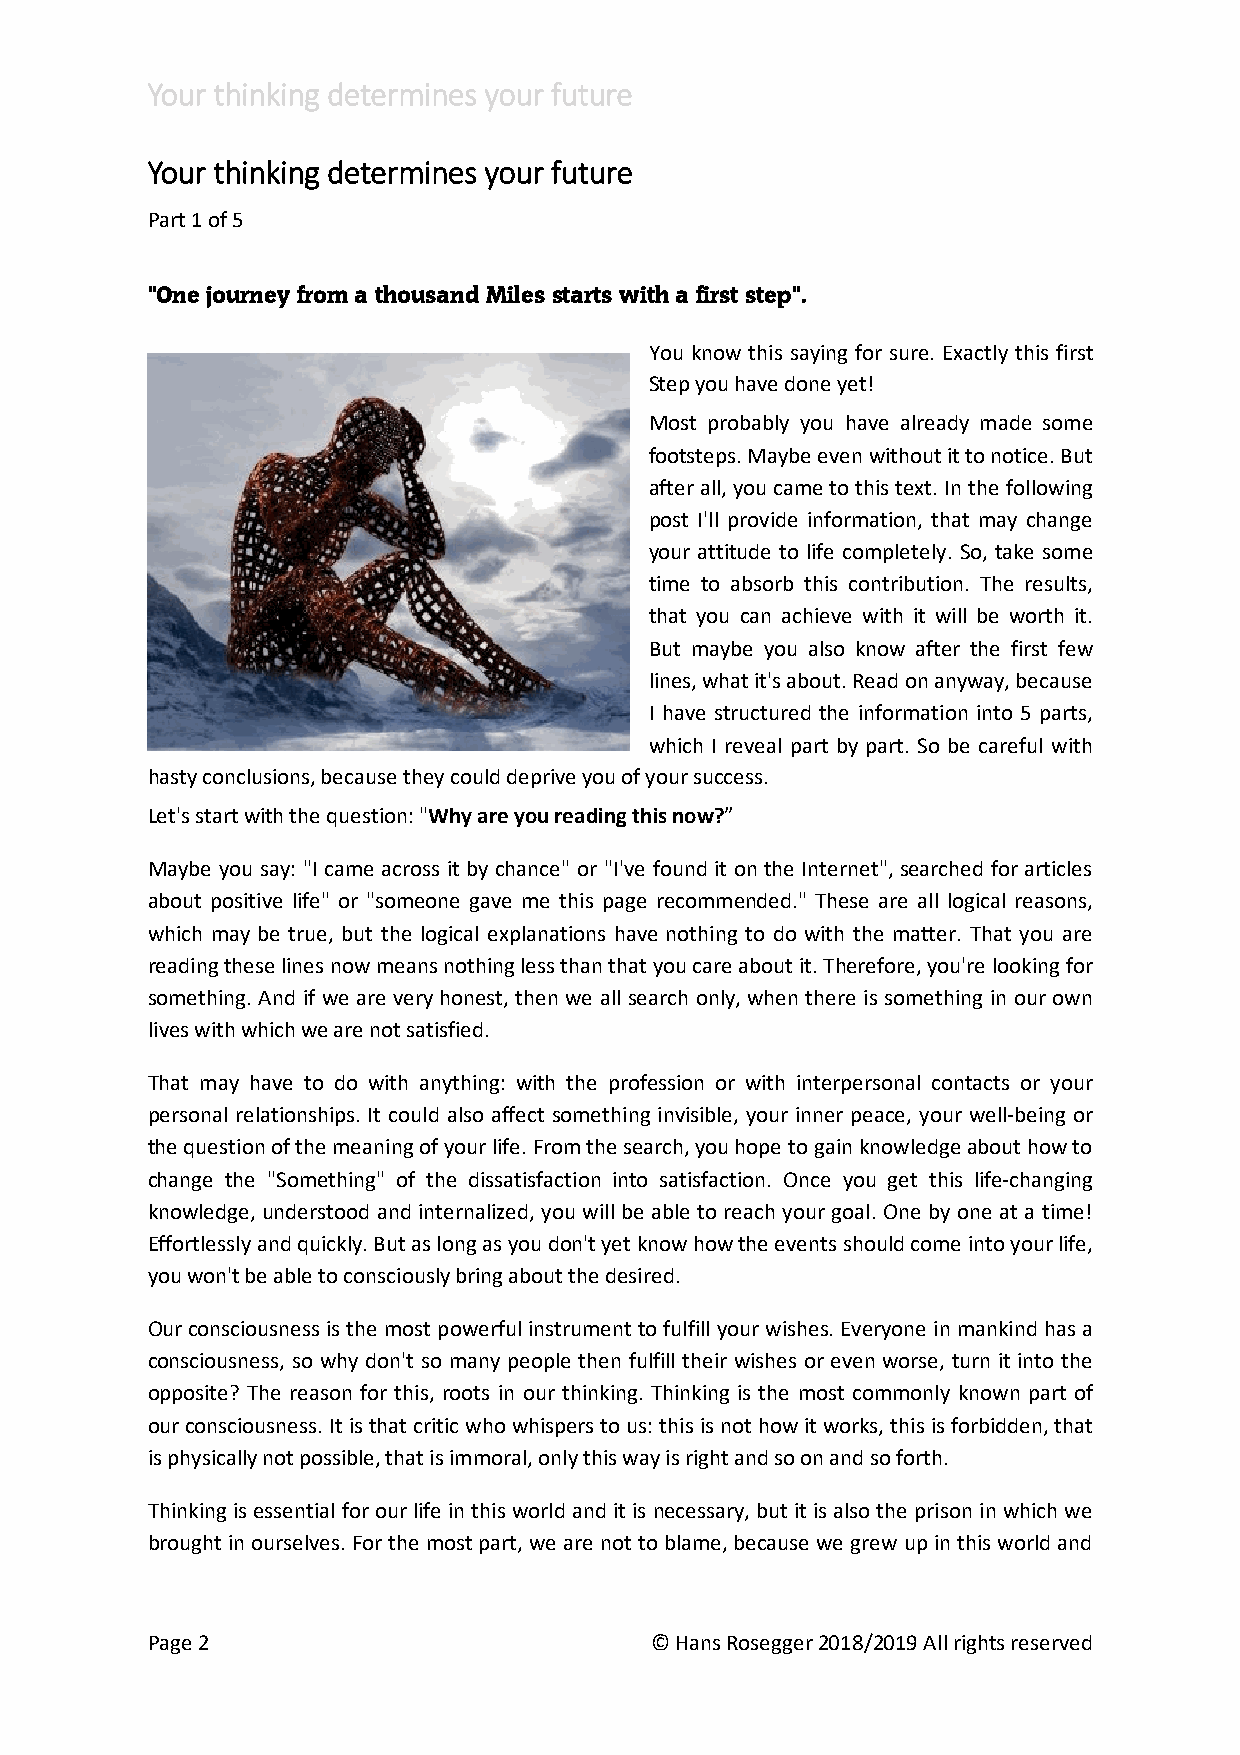
Your thinking determines your future
 Your thinking determines your future
 Part 1 of 5
 "One journey from a thousand Miles starts with a first step".
 You know this saying for sure. Exactly this first
 Step you have done yet!
 Most probably you have already made some
 footsteps. Maybe even without it to notice. But
 after all, you came to this text. In the following
 post I'll provide information, that may change
 your attitude to life completely. So, take some
 time to absorb this contribution. The results,
 that you can achieve with it will be worth it.
 But maybe you also know after the first few
 lines, what it's about. Read on anyway, because
 I have structured the information into 5 parts,
 which I reveal part by part. So be careful with
 hasty conclusions, because they could deprive you of your success.
 Let's start with the question: "Why are you reading this now?”
 Maybe you say: "I came across it by chance" or "I've found it on the Internet", searched for articles
 about positive life" or "someone gave me this page recommended." These are all logical reasons,
 which may be true, but the logical explanations have nothing to do with the matter. That you are
 reading these lines now means nothing less than that you care about it. Therefore, you're looking for
 something. And if we are very honest, then we all search only, when there is something in our own
 lives with which we are not satisfied.
 That may have to do with anything: with the profession or with interpersonal contacts or your
 personal relationships. It could also affect something invisible, your inner peace, your well-being or
 the question of the meaning of your life. From the search, you hope to gain knowledge about how to
 change the "Something" of the dissatisfaction into satisfaction. Once you get this life-changing
 knowledge, understood and internalized, you will be able to reach your goal. One by one at a time!
 Effortlessly and quickly. But as long as you don't yet know how the events should come into your life,
 you won't be able to consciously bring about the desired.
 Our consciousness is the most powerful instrument to fulfill your wishes. Everyone in mankind has a
 consciousness, so why don't so many people then fulfill their wishes or even worse, turn it into the
 opposite? The reason for this, roots in our thinking. Thinking is the most commonly known part of
 our consciousness. It is that critic who whispers to us: this is not how it works, this is forbidden, that
 is physically not possible, that is immoral, only this way is right and so on and so forth.
 Thinking is essential for our life in this world and it is necessary, but it is also the prison in which we
 brought in ourselves. For the most part, we are not to blame, because we grew up in this world and
 Page 2                           © Hans Rosegger 2018/2019 All rights reserved